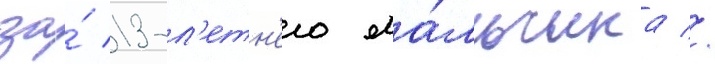
за́ 13-л'етн'его ма́льчика //